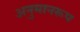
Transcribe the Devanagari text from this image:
अनुमानरूप